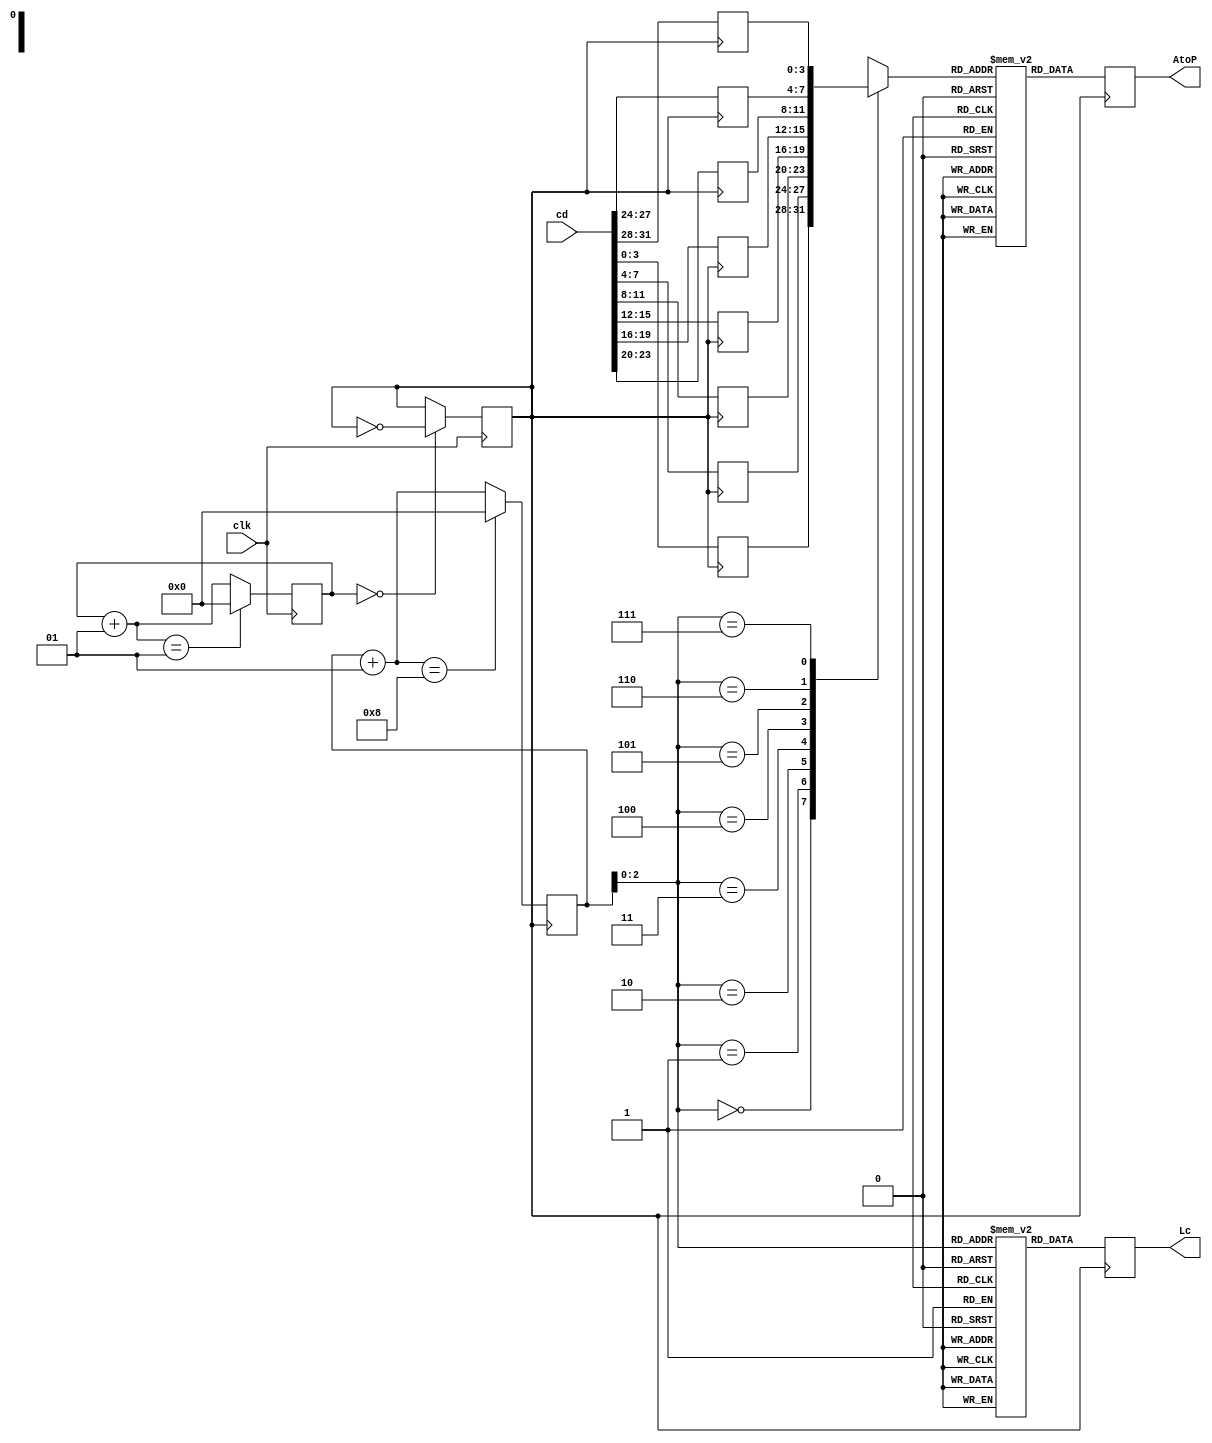
`timescale 1ns / 1ps
//////////////////////////////////////////////////////////////////////////////////
// Company: 
// Engineer: 
// 
// Design Name: 
// Module Name: display
// Project Name: 
// Target Devices: 
// Tool Versions: 
// Description: 
// 
// Dependencies: 
// 
// Revision:
// Revision 0.01 - File Created
// Additional Comments:
// 
//////////////////////////////////////////////////////////////////////////////////


module display(
    input clk, //
    input [31:0] cd,//()
    output reg [7:0] Lc , //
    output reg [7:0] AtoP  //
    );
    
    integer count;
    integer loop;              
    reg [7:0] number [10:0];
    reg [7:0] Lcset [7:0];
    reg clk1000Hz;
    reg [7:0] led [7:0];
    
    initial
    begin
    count=0;
    loop=0;
    clk1000Hz=1;
    AtoP=0;
    number[0]=8'b00000011;
    number[1]=8'b10011111;
    number[2]=8'b00100101;
    number[3]=8'b00001101;
    number[4]=8'b10011001;
    number[5]=8'b01001001;
    number[6]=8'b01000001;
    number[7]=8'b00011111;
    number[8]=8'b00000001;
    number[9]=8'b00001001;
    number[10]=8'b11111111; //
    Lcset[0]=8'b11111110;
    Lcset[1]=8'b11111101;
    Lcset[2]=8'b11111011;
    Lcset[3]=8'b11110111;
    Lcset[4]=8'b11101111;
    Lcset[5]=8'b11011111;
    Lcset[6]=8'b10111111;
    Lcset[7]=8'b01111111;
    end
    
    
    always @ (posedge clk)
    begin
    if(count==0) clk1000Hz=~clk1000Hz;
    count=count+1;
    if(count==1) count=0;
   
    end //
    
    always @ (posedge clk1000Hz)
    begin 
    led[0]<=cd[3:0];
    led[1]<=cd[7:4];
    led[2]<=cd[11:8];
    led[3]<=cd[15:12];
    led[4]<=cd[19:16];
    led[5]<=cd[23:20];
    led[6]<=cd[27:24];
    led[7]<=cd[31:28];
    Lc<=Lcset[loop];
    AtoP<=number[led[loop]];
    loop=loop+1;
    if(loop==8) loop=0;
    end //
endmodule